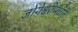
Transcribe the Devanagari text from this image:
जोगेश्वरीमधील